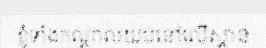
ខ្ញុំទាំងកណ្តាលយប់នៅលើស្ពាន